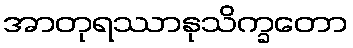
အာတုရဿာနုသိက္ခတော